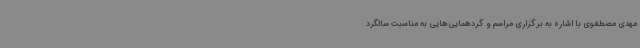
مهدی مصطفوی با اشاره به برگزاری مراسم و گردهمایی‌هایی به مناسبت سالگرد